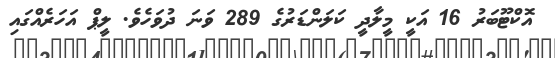
އޮކްޓޫބަރު 16 އަކީ މީލާދީ ކަލަންޑަރުގެ 289 ވަނަ ދުވަހެވެ. ލީޕް އަހަރެއްގައި